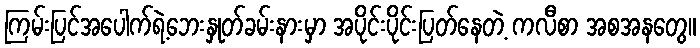
ကြမ်းပြင်အပေါက်ရဲ့ဘေးနှုတ်ခမ်းနားမှာ အပိုင်းပိုင်းပြတ်နေတဲ့ ကလီစာ အစအနတွေ။